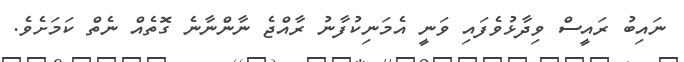
ނައިބު ރައީސް ވިދާޅުވެފައި ވަނީ އެމަނިކުފާނު ރާއްޖެ ނާންނާނެ ގޮތެއް ނެތް ކަމަށެވެ.